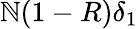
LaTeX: \mathbb{N}(1-R)\delta_{1}